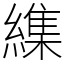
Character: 䌖